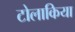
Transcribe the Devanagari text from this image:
टोलाकिया